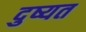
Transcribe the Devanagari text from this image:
दुष्यत